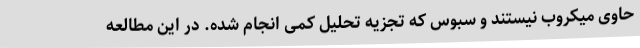
حاوی میکروب نیستند و سبوس که تجزیه تحلیل کمی انجام شده. در این مطالعه